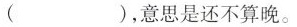
()，意思是还不算晚。